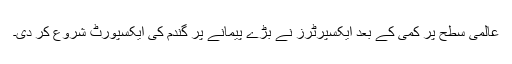
عالمی سطح پر کمی کے بعد ایکسپرٹرز نے بڑے پیمانے پر گندم کی ایکسپورٹ شروع کر دی۔